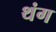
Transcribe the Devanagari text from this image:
थंग